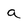
Character: a